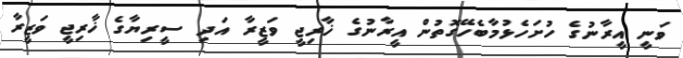
ވަނީ އީރާނުގެ ހުށަހެޅުމާބެހޭގޮތުން އީރާނުގެ ޚާރިޖީ ވަޒީރާ އަދި ސީރިޔާގެ ޚާރިޖީ ވަޒީރާ